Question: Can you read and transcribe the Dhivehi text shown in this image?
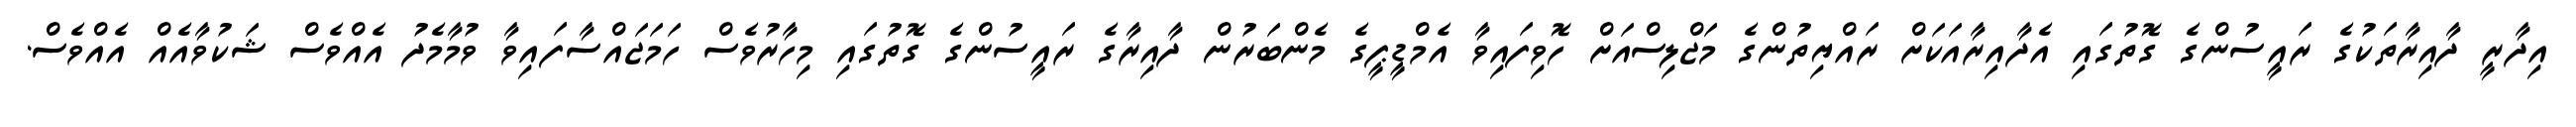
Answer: އިދާރީ ދާއިރާތަކުގެ ރައީސުންގެ ގޮތުގައި އެދާއިރާއަކަށް ރައްޔިތުންގެ މަޖްލިސްއަށް ހޮވިފައިވާ އެމްޑީޕީގެ މެންބަރުން ދާއިރާގެ ރައީސުންގެ ގޮތުގައި މިހާރުވެސް ހަމަޖައްސާފައިވާ ވުމާމެދު އެއްވެސް ޝަކުވާއެއް އެއްވެސް.